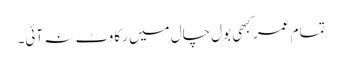
تمام عمر کبھی بول چال میں رکاوٹ نہ آئی۔